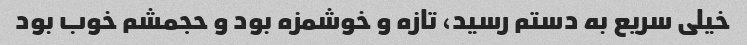
خیلی سریع به دستم رسید، تازه و خوشمزه بود و حجمشم خوب بود